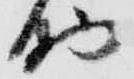
助